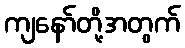
ကျနော်တို့အတွက်